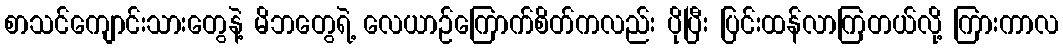
စာသင်ကျောင်းသားတွေနဲ့ မိဘတွေရဲ့ လေယာဉ်ကြောက်စိတ်ကလည်း ပိုပြီး ပြင်းထန်လာကြတယ်လို့ ကြားကာလ